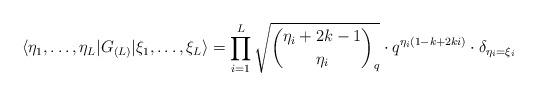
LaTeX: \begin{align*}\langle \eta_1,\ldots,\eta_L| G_{(L)} | \xi_1,\ldots,\xi_L \rangle= \prod_{i=1}^L\sqrt{\binom{\eta_i+2k-1}{\eta_i}_q} \cdot q^{\eta_i(1-k+2k i)} \cdot \delta_{\eta_i=\xi_i}\end{align*}